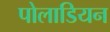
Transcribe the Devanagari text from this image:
पोलाडियन